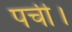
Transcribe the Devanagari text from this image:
पर्ची।